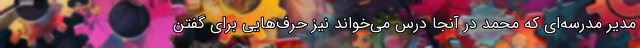
مدیر مدرسه‌ای که محمد در آنجا درس می‌خواند نیز حرف‌هایی برای گفتن